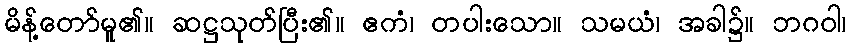
မိန့်တော်မူ၏။ ဆဋ္ဌသုတ်ပြီး၏။ ဧကံ၊ တပါးသော။ သမယံ၊ အခါ၌။ ဘဂဝါ၊